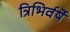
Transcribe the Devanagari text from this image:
त्रिभिर्वर्षे